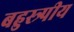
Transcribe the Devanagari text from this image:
बहुस्त्र्पीय